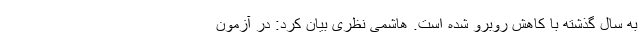
به سال گذشته با کاهش روبرو شده است. هاشمی نظری بیان کرد: در آزمون